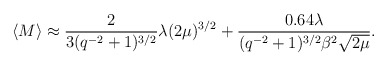
\begin{align*}\langle M\rangle\approx\frac{2}{3(q^{-2}+1)^{3/2}}\lambda(2\mu)^{3/2}+\frac{0.64\lambda}{(q^{-2}+1)^{3/2}\beta^{2}\sqrt{2\mu}}.\end{align*}